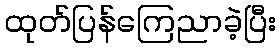
ထုတ်ပြန်ကြေညာခဲ့ပြီး